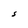
Character: S